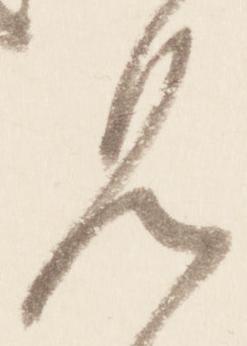
見